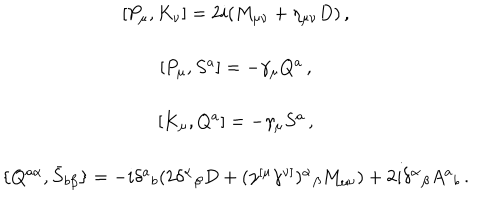
\begin{array} { c } { { { } [ P _ { \mu } , K _ { \nu } ] = 2 i ( M _ { \mu \nu } + \eta _ { \mu \nu } D ) \, , } } \\ { { { } } } \\ { { { } [ P _ { \mu } , S ^ { a } ] = - \gamma _ { \mu } Q ^ { a } \, , } } \\ { { { } } } \\ { { { } [ K _ { \mu } , Q ^ { a } ] = - \gamma _ { \mu } S ^ { a } \, , } } \\ { { { } } } \\ { { { } \{ Q ^ { a \alpha } , \bar { S } _ { b \beta } \} = - i \delta ^ { a } { } _ { b } ( 2 \delta ^ { \alpha } { } _ { \beta } D + ( \gamma ^ { [ \mu } \gamma ^ { \nu ] } ) ^ { \alpha } { } _ { \beta } M _ { \mu \nu } ) + 2 i \delta ^ { \alpha } { } _ { \beta } A ^ { a } { } _ { b } \, . } } \\ \end{array}